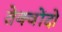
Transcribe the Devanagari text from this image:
तेक्वोंदो